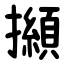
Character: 㩪